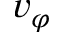
v _ { \varphi }